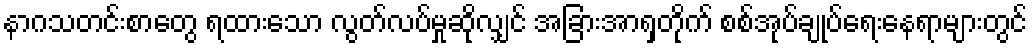
နာဂသတင်းစာတွေ ရထားသော လွတ်လပ်မှုဆိုလျှင် အခြားအာရှတိုက် စစ်အုပ်ချုပ်ရေးနေရာများတွင်